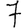
Digit: 7